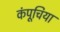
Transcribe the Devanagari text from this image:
कंपूचिया